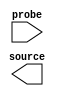

module S_P (
	source,
	probe);	

	output	[63:0]	source;
	input	[63:0]	probe;
endmodule